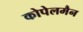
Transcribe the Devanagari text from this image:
कोपेलमैन